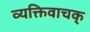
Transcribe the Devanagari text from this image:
व्यक्तिवाचक्